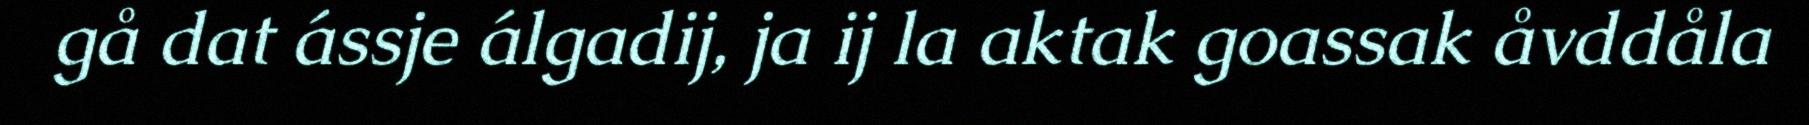
gå dat ássje álgadij, ja ij la aktak goassak åvddåla